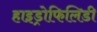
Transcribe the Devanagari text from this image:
हाइड्रोफिलिडी